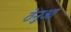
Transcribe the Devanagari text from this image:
ठेनुआ